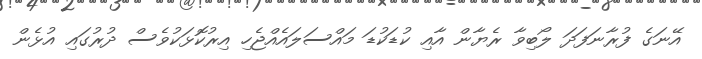
އޭނަގެ ފުރާނަފަދަ ލޯބިވާ ރެޔާން އާއި ކުޑަކުޑަ މައްސަލައެއްޖެހި އިރުކޮޅަކުވެސް ދުރުގައި އުޅެން